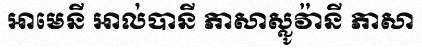
អាមេនី អាល់បានី ភាសាស្លូវ៉ានី ភាសា